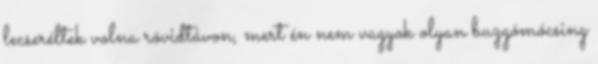
lecseréltek volna rövidtávon, mert én nem vagyok olyan buzgómócsing